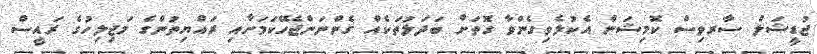
ޖުޑީޝަލް ސާރވިސް ކޮމިޝަން އެކުލެވިގެންވާ ގޮތަށް ބަދަލުތަކެއް ގެންނަންޖެހޭކަމަށާއި ރައްޔިތުންގެ މަޖިލިހުގެ ރައީސް